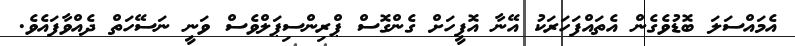
އެމައްސަލަ ބޮޑުވެގެން އެތައްފަހަރަކު އޭނާ އޮފީހަށް ގެންގޮސް ޕްރިންސިޕަލްވެސް ވަނީ ނަސޭހަތް ދެއްވާފައެވެ.